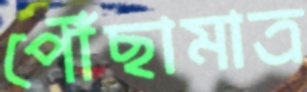
পৌঁছামাত্র